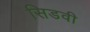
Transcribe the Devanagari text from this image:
सिडवी